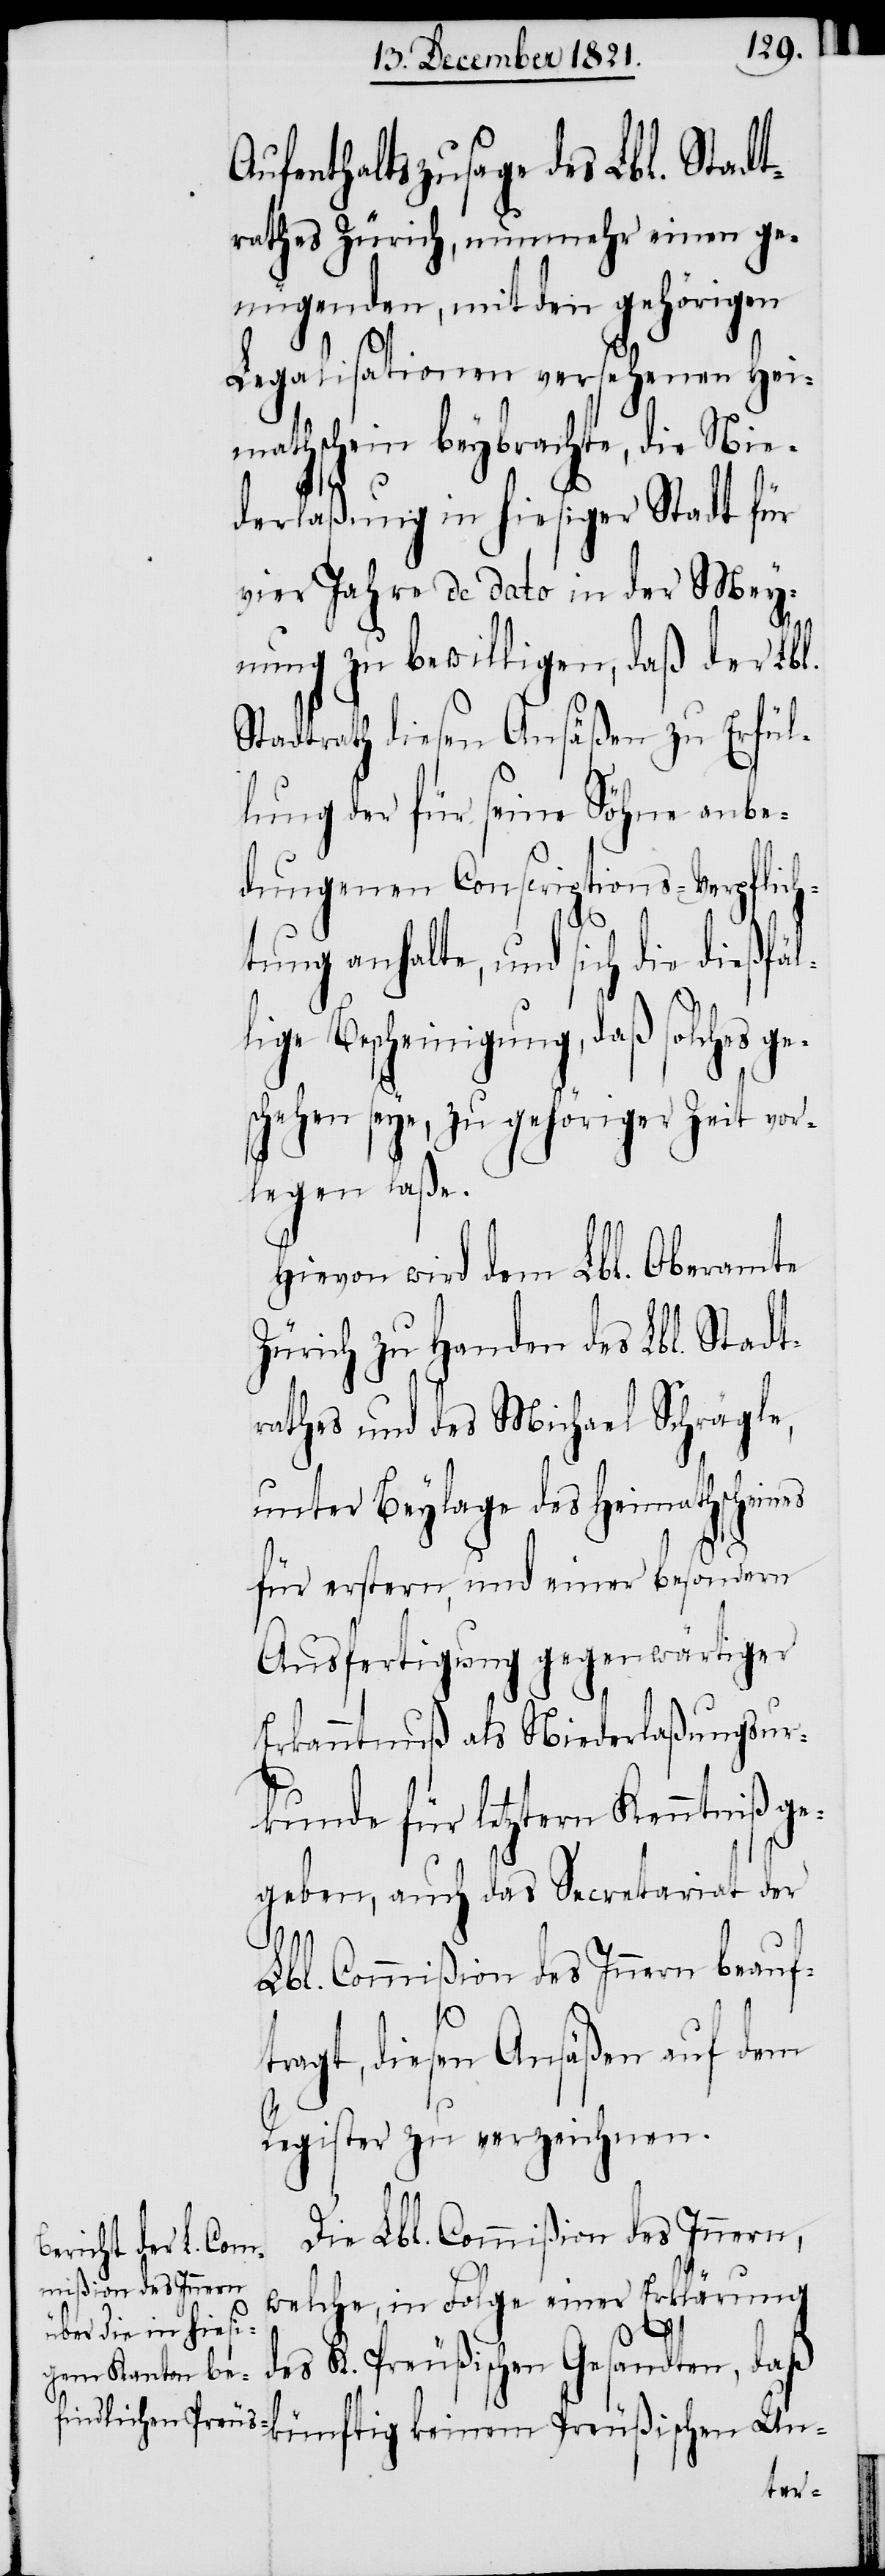
Aufenthaltszusage des Lbl. Stadt¬
rathes Zürich, nunmehr einen ge¬
nügenden, mit den gehörigen
Legalisationen versehenen Hei¬
mathschein beybrachte, die Nie¬
derlaßung in hiesiger Stadt für
vier Jahre de dato in der Mey¬
nung zu bewilligen, daß der Lbl.
Stadtrath diesen Ansäßen zu Erfül¬
lung der für seine Söhne anbe¬
dungenen Conscriptions-Verpflich¬
tung anhalte, und sich die dießfäl¬
lige Bescheinigung, daß solches ge¬
schehen seye, zu gehöriger Zeit vor¬
legen laße.
Hievon wird dem Lbl. Oberamte
Zürich zu Handen des Lbl. Stadt¬
rathes und des Michael Schrägle,
unter Beylage des Heimathscheines
für erstern, und einer besondern
Ausfertigung gegenwärtiger
Erkanntnuß als Niederlaßungsur¬
kunde für letztern Kenntniß ge¬
geben, auch das Secretariat der
Lbl. Commißion des Innern beauf¬
tragt, diesen Ansäßen auf dem
Register zu verzeichnen.
Die Lbl. Commißion des Innern,
welche, in Folge einer Erklärung
des K. Preußischen Gesandten, daß
künftig keinem Preußischen Un-